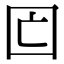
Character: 𡆲